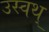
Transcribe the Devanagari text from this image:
उस्वथ्